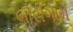
બોરીગામ